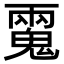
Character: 𩳮